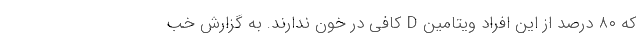
که ۸۰ درصد از این افراد ویتامین D کافی در خون ندارند. به گزارش خب